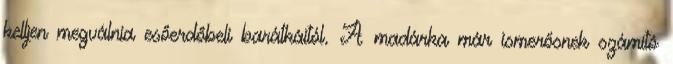
kelljen megválnia esőerdőbeli barátkáitól. A madárka már ismerősnek számító